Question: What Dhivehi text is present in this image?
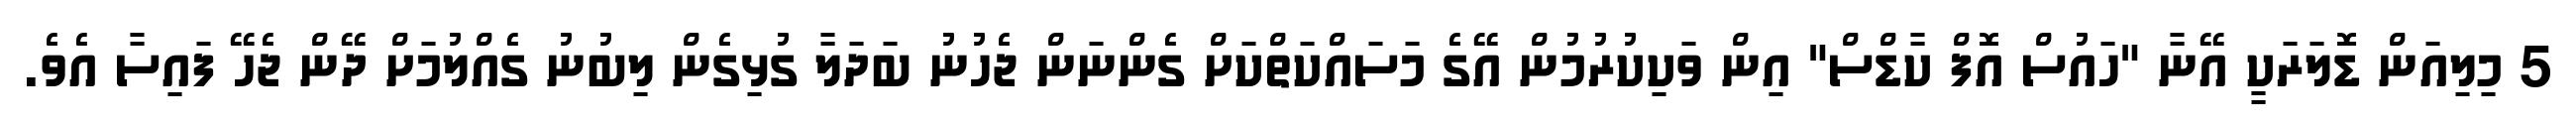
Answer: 5 މިލިއަން ޑޮލަރަކީ އޭނާ "ހައުސް އޮފް ކާޑްސް" އިން ވަކިކުރުމުން އޭގެ މަސައްކަތްކަށް ގެންނަން ޖެހުނު ބަދަލާ ގުޅިގެން ލިބުނު ގެއްލުމަށް ދޭން ޖެހޭ ފައިސާ އެވެ.